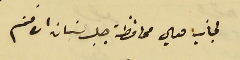
لجانب معالي محافظة جبل لبنان الافخم